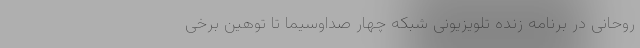
روحانی در برنامه زنده تلویزیونی شبکه چهار صداوسیما تا توهین برخی